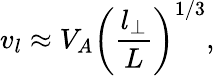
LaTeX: v_{l}\approx V_{A}\left(\frac{l_{\bot}}{L}\right)^{1/3},